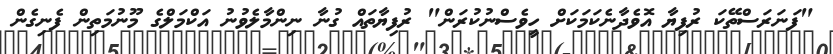
"ފަނަރަސްތޭކަ ރުފިޔާ އޮވެދާނެކަމަކަށް ހީވެސްނުކުރަން" ރުފިޔާތައް ގުނާ ނިންމާލެވުނު އަކްމަލްގެ މޫނުމަތިން ފެނިގެން